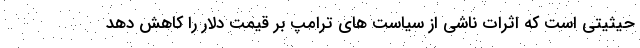
حیثیتی است که اثرات ناشی از سیاست های ترامپ بر قیمت دلار را کاهش دهد